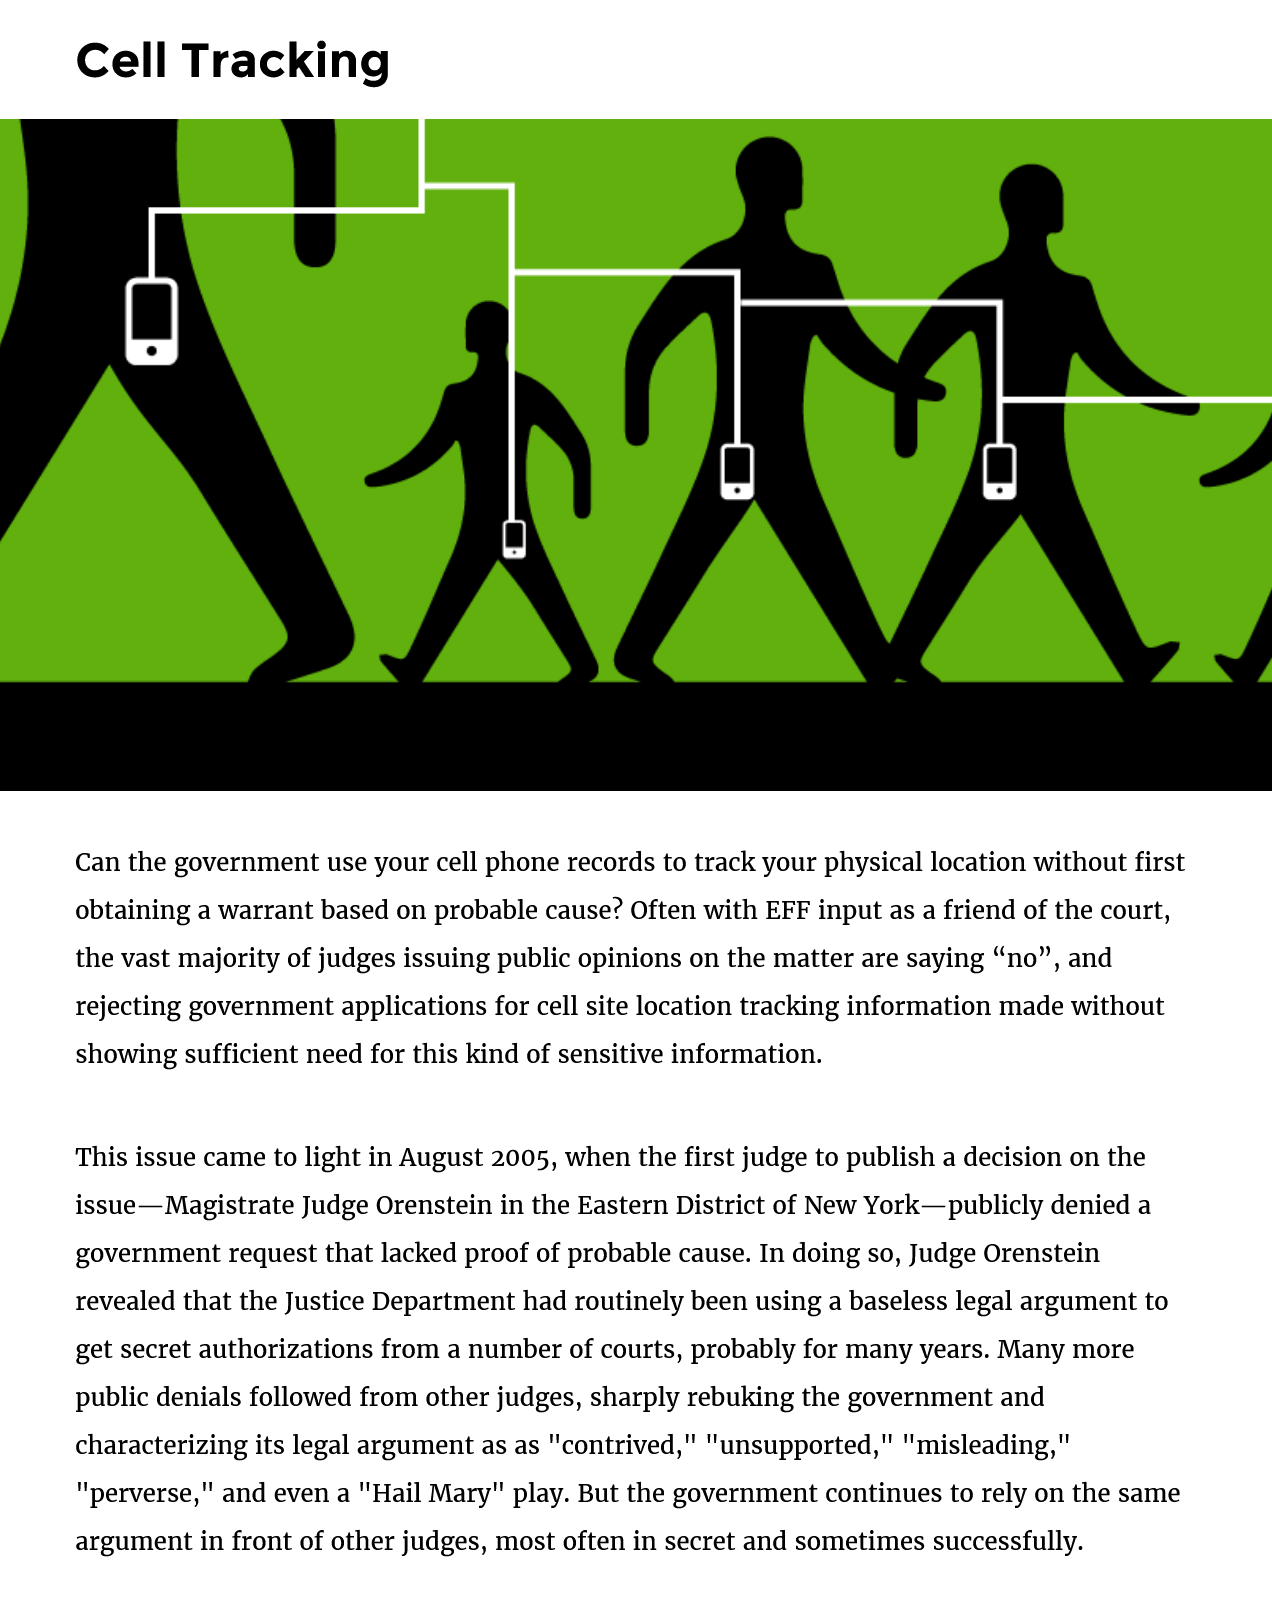
Cell    Tracking
     Can the government use your cell phone records to track your physical location without first
     obtaining a warrant based on probable cause? Often with EFF input as a friend of the court,
     the vast majority of judges issuing public opinions on the matter are saying “no”, and
     rejecting government applications for cell site location tracking information made without
     showing sufficient need for this kind of sensitive information.
     This issue came to light in August 2005, when the first judge to publish a decision on the
     issue— Magistrate Judge Orenstein in the Eastern District of New York—publicly denied a
     government request that lacked proof of probable cause. In doing so, Judge Orenstein
     revealed that the Justice Department had routinely been using a baseless legal argument to
     get secret authorizations from a number of courts, probably for many years. Many more
     public denials followed from other judges, sharply rebuking the government and
     characterizing its legal argument as as "contrived," "unsupported," "misleading,"
     "perverse," and even a "Hail Mary" play. But the government continues to rely on the same
     argument in front of other judges, most often in secret and sometimes successfully.